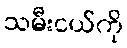
သမီးငယ်ကို